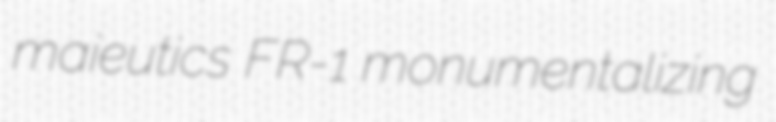
maieutics FR-1 monumentalizing